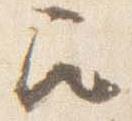
召